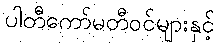
ပါတီကော်မတီဝင်များနှင့်